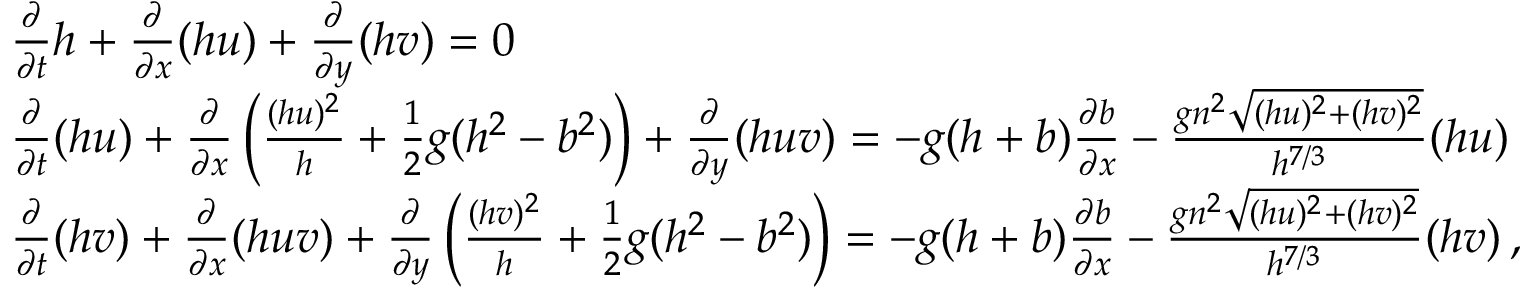
\begin{array} { r l } & { \frac { \partial } { \partial t } h + \frac { \partial } { \partial x } ( h u ) + \frac { \partial } { \partial y } ( h v ) = 0 } \\ & { \frac { \partial } { \partial t } ( h u ) + \frac { \partial } { \partial x } \left( \frac { ( h u ) ^ { 2 } } { h } + \frac { 1 } { 2 } g ( h ^ { 2 } - b ^ { 2 } ) \right) + \frac { \partial } { \partial y } ( h u v ) = - g ( h + b ) \frac { \partial b } { \partial x } - \frac { g n ^ { 2 } \sqrt { ( h u ) ^ { 2 } + ( h v ) ^ { 2 } } } { h ^ { 7 / 3 } } ( h u ) } \\ & { \frac { \partial } { \partial t } ( h v ) + \frac { \partial } { \partial x } ( h u v ) + \frac { \partial } { \partial y } \left( \frac { ( h v ) ^ { 2 } } { h } + \frac { 1 } { 2 } g ( h ^ { 2 } - b ^ { 2 } ) \right) = - g ( h + b ) \frac { \partial b } { \partial x } - \frac { g n ^ { 2 } \sqrt { ( h u ) ^ { 2 } + ( h v ) ^ { 2 } } } { h ^ { 7 / 3 } } ( h v ) \, , } \end{array}